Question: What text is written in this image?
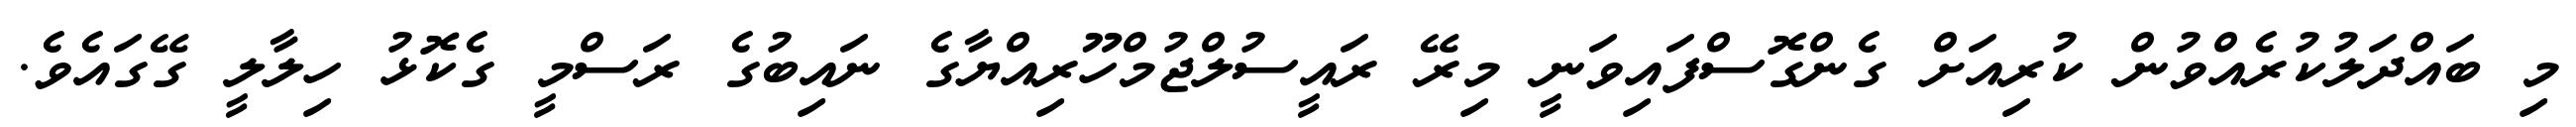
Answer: މި ބައްދަލުކުރެއްވުން ކުރިއަށް ގެންގޮސްފައިވަނީ މިރޭ ރައީސުލްޖުމްހޫރިއްޔާގެ ނައިބުގެ ރަސްމީ ގެކޮޅު ހިލާލީ ގޭގައެވެ.